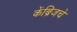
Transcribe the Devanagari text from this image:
केंब्रिजचे